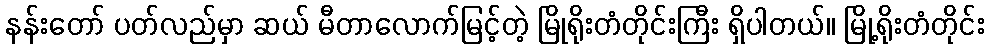
နန်းတော် ပတ်လည်မှာ ဆယ် မီတာလောက်မြင့်တဲ့ မြိုရိုးတံတိုင်းကြီး ရှိပါတယ်။ မြို့ရိုးတံတိုင်း